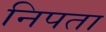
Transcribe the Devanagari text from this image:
निपता